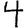
Digit: 4